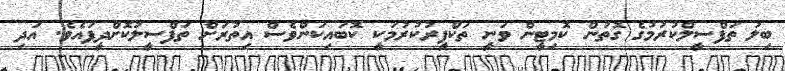
ބިލު ތަފްސީލްކުރުމުގެ ގޮތުން ކޮމިޓީން ވަނީ ތަކްފީރުކުރުމަކީ ކޮބައިކަންވެސް އިތުރަށް ތަފްސީލުކޮށްދީފައެވެ. އަދި